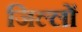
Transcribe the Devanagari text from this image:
जिल्लों